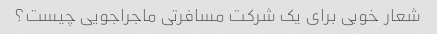
شعار خوبی برای یک شرکت مسافرتی ماجراجویی چیست؟